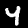
Digit: 4